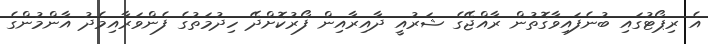
އެ ރިޕޯޓުގައި ބުނެފައިވާގޮތުން ރާއްޖޭގެ ޝަރުއީ ދާއިރާއިން ފޯރުކޮށްދޭ ހިދުމަތުގެ ފެންވަރާއިމެދު އާންމުންގެ